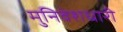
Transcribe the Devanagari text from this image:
मुनिवेशधारी